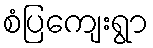
စံပြကျေးရွာ